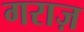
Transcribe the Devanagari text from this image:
गराज़